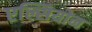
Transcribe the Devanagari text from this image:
एल्सियोन